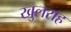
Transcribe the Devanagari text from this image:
खुलराह